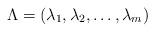
LaTeX: \begin{align*}\Lambda = \left( \lambda_1, \lambda_2, \ldots, \lambda_m \right)\end{align*}